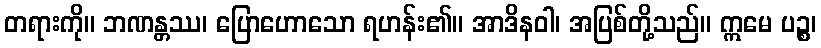
တရားကို။ ဘဏန္တဿ၊ ပြောဟောသော ရဟန်း၏။ အာဒိနဝါ၊ အပြစ်တို့သည်။ ဣမေ ပဉ္စ၊